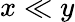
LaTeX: x\ll y